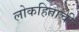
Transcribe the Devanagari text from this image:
लोकहिताची